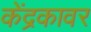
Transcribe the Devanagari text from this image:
केंद्रकावर